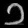
Digit: ၁